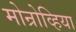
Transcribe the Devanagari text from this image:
मोन्रोव्हिया